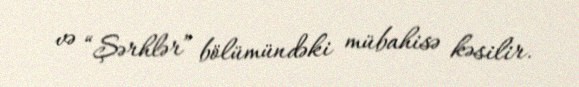
və “Şərhlər” bölümündəki mübahisə kəsilir.